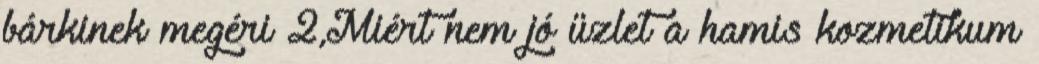
bárkinek megéri 2,Miért nem jó üzlet a hamis kozmetikum